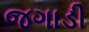
જગાડી